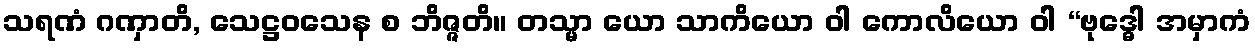
သရဏံ ဂဏှာတိ, သေဋ္ဌဝသေန စ ဘိဇ္ဇတိ။ တသ္မာ ယော သာကိယော ဝါ ကောလိယော ဝါ “ဗုဒ္ဓေါ အမှာကံ